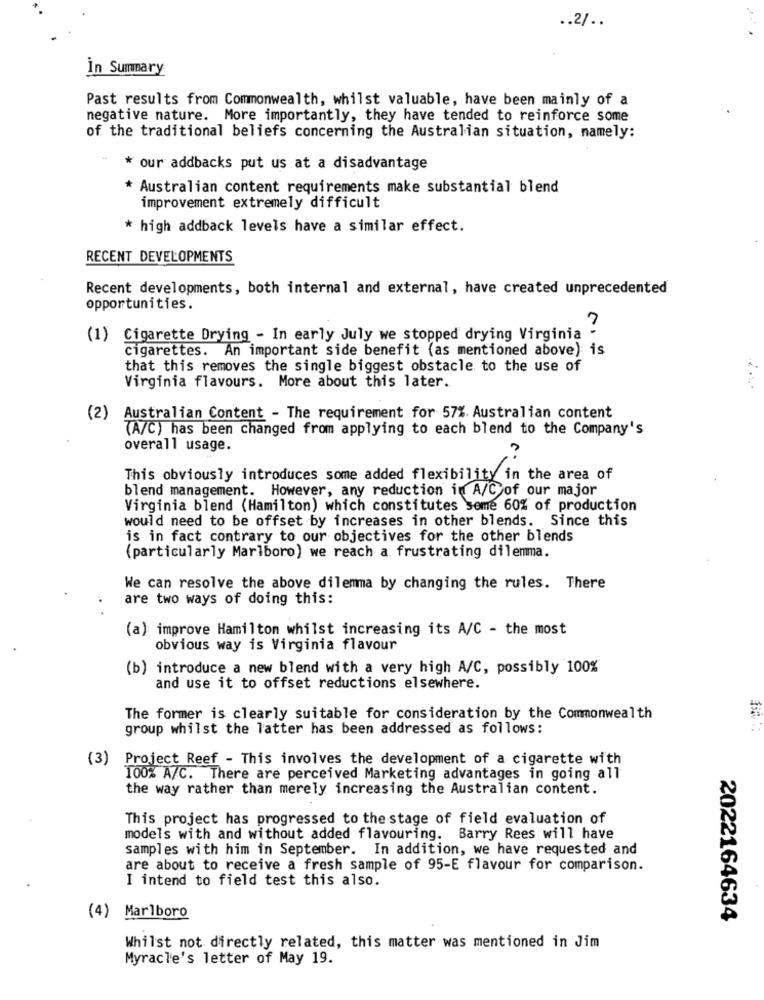
.. 2/ ..
İn Summary
Past results from Commonwealth, whilst valuable, have been mainly of a
negative nature. More importantly, they have tended to reinforce some
of the traditional beliefs concerning the Australian situation, namely:
* our addbacks put us at a disadvantage
* Australian content requirements make substantial blend
improvement extremely difficult
* high addback levels have a similar effect.
RECENT DEVELOPMENTS
Recent developments, both internal and external, have created unprecedented
opportunities.
(1) Cigarette Drying - In early July we stopped drying Virginia
cigarettes. An important side benefit (as mentioned above) is
that this removes the single biggest obstacle to the use of
Virginia flavours. More about this later.
(2) Australian Content - The requirement for 57%. Australian content
(A/C) has been changed from applying to each blend to the Company's
overall usage.
This obviously introduces some added flexibility in the area of
blend management. However, any reduction in A/C of our major
Virginia blend (Hamilton) which constitutes some 60% of production
would need to be offset by increases in other blends. Since this
is in fact contrary to our objectives for the other blends
(particularly Marlboro) we reach a frustrating dilemma.
We can resolve the above dilemma by changing the rules. There
are two ways of doing this:
.. .
(a) improve Hamilton whilst increasing its A/C - the most
obvious way is Virginia flavour
(b) introduce a new blend with a very high A/C, possibly 100%
and use it to offset reductions elsewhere.
The former is clearly suitable for consideration by the Commonwealth
group whilst the latter has been addressed as follows:
(3) Project Reef - This involves the development of a cigarette with
100% A/C. There are perceived Marketing advantages in going all
the way rather than merely increasing the Australian content.
This project has progressed to the stage of field evaluation of
models with and without added flavouring. Barry Rees will have
samples with him in September. In addition, we have requested and
are about to receive a fresh sample of 95-E flavour for comparison.
I intend to field test this also.
(4) Marlboro
2022164634
Whilst not directly related, this matter was mentioned in Jim
Myracle's letter of May 19.